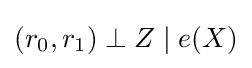
(r_{0},r_{1})\perp Z\mid e(X)